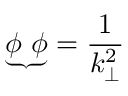
{ \underbrace { \phi ~ \phi } } = \frac { 1 } { k _ { \bot } ^ { 2 } }